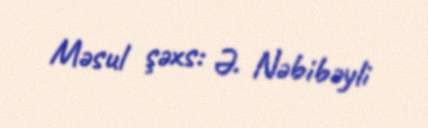
Məsul şəxs: Ə. Nəbibəyli